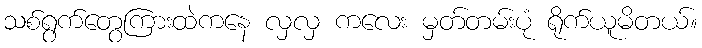
သစ်ရွက်တွေကြားထဲကနေ လှလှ ကလေး မှတ်တမ်းပုံ ရိုက်ယူမိတယ်။